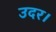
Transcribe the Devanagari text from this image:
उदर।